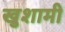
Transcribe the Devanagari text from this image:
खुशामी